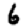
Digit: 6